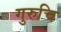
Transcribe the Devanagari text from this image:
गुरुचि